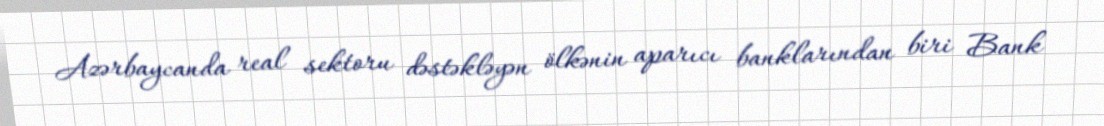
Azərbaycanda real sektoru dəstəkləyən ölkənin aparıcı banklarından biri Bank